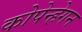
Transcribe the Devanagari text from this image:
कोपेन्हेगन